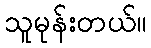
သူမုန်းတယ်။